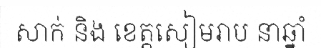
សាក់ និង ខេត្តសៀមរាប នាឆ្នាំ